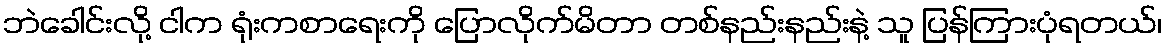
ဘဲခေါင်းလို့ ငါက ရုံးကစာရေးကို ပြောလိုက်မိတာ တစ်နည်းနည်းနဲ့ သူ ပြန်ကြားပုံရတယ်၊